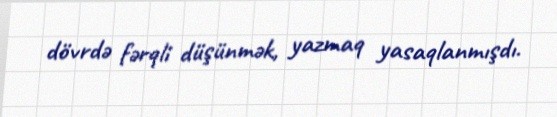
dövrdə fərqli düşünmək, yazmaq yasaqlanmışdı.